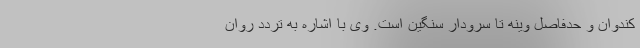
کندوان و حدفاصل وینه تا سرودار سنگین است. وی با اشاره به تردد روان